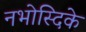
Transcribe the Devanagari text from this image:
नभोस्दिके